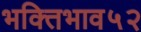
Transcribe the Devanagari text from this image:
भक्तिभाव५२